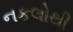
નકલોથી